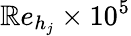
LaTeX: \mathbb{R}e_{h_{j}}\times10^{5}